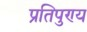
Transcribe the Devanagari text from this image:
प्रतिपुण्य